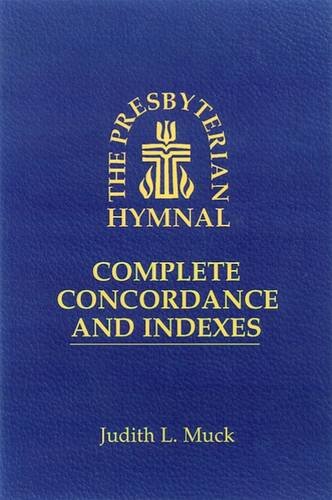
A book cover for The Presbyterian Hymnal: Complete Concordance and Indexes; Judith L. Muck; Christian Books & Bibles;